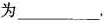
为___.